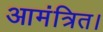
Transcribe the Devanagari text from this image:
आमंत्रित।